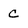
Character: C